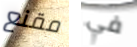
مقنع في